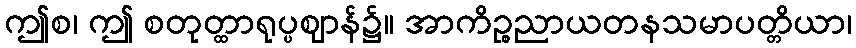
ဤစ၊ ဤ စတုတ္ထာရုပ္ပဈာန်၌။ အာကိဉ္စညာယတနသမာပတ္တိယာ၊